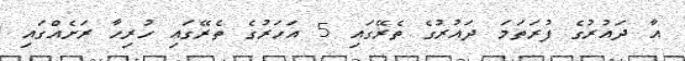
އާ ދައުރުގެ ފުރަތަމަ ދައުރުގެ ތެރޭގައި 5 އަހަރުގެ ތެރޭގައި ހުރިހާ ރަށެއްގައި